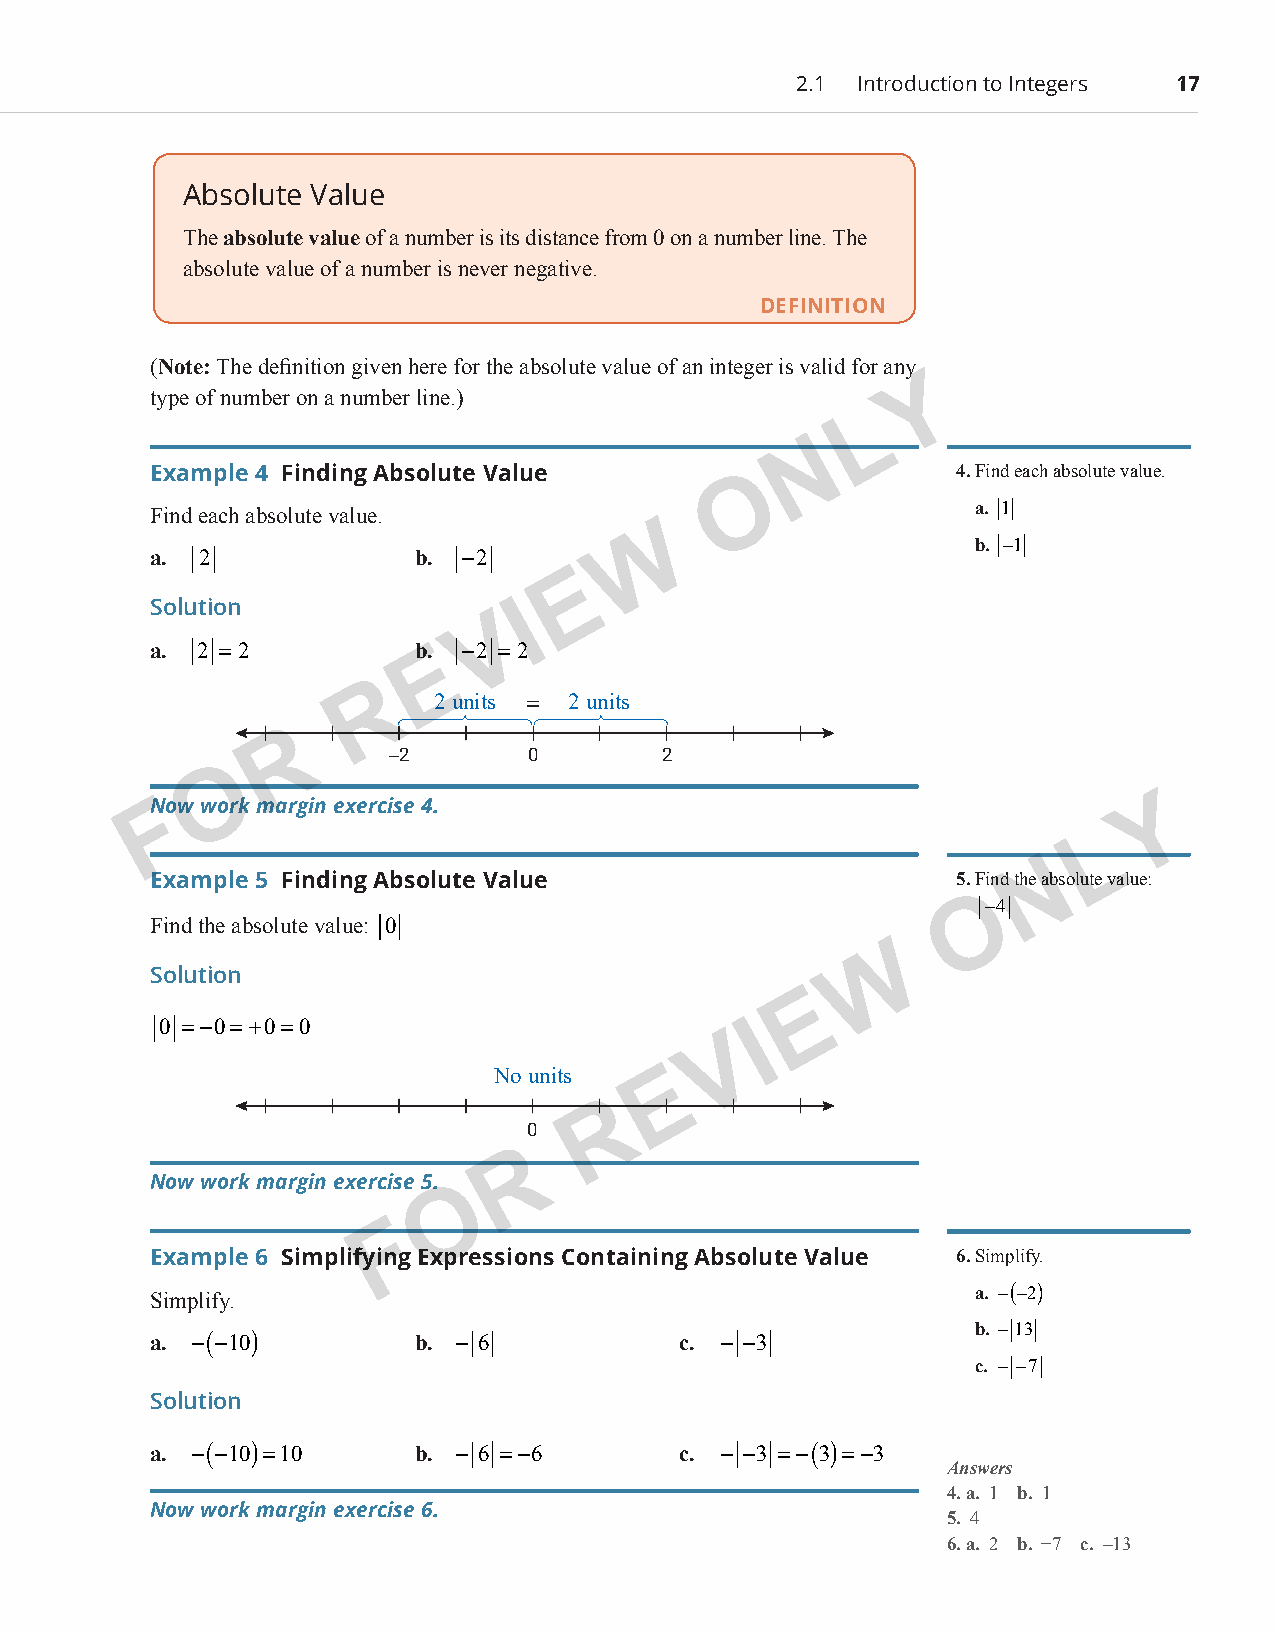
2.1 Introduction to Integers 17
 Absolute Value
 The absolute value of a number is its distance from 0 on a number line. The
 absolute value of a number is never negative.
 DEFINITION
 (Note: The definition given here for the absolute value of an integer is valid for any
 Y
 type of number on a number line.)
 L
 N
 Example 4 Finding Absolute Value                      4. Find each absolute value.
 O
 Find each absolute value.                              a. 1
 W
 b. −1
 a. 2              b. −2
 E
 Solution                 I
 V
 a. 2 =2           b.E −2 =2
 R
 2 units = 2 units
 R
 −2       0        2
 O
 NFow work margin exercise 4.                                       Y
 L
 N
 Example 5 Finding Absolute Value                      5. Find the absolute value:
 O
 −4
 Find the absolute value: 0
 W
 Solution
 E
 0 =−0=+ 0=0                            I
 V
 No units   E
 R
 0
 R
 Now work margin exercise 5.
 O
 F
 Example 6 Simplifying Expressions Containing Absolute Value 6. Simplify.
 Simplify.                                              a. −(−2)
 b. −13
 a. −(−10)         b. − 6           c. − −3
 c. − −7
 Solution
 a. −(−10)=10      b. − 6 =−6       c. − −3 =−(3)=−3
 Answers
 4. a. 1 b. 1
 Now work margin exercise 6.
 5. 4
 6. a. 2 b. −7 c. –13
 PCM_Marketing_Booklet.indb 17                                            10/11/2017 9:58:07 AM